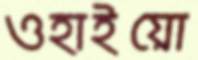
ওহাইয়ো